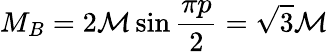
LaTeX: M_{B}=2{\mathcal{M}}\sin\frac{\pi p}{2}=\sqrt{3}{\mathcal{M}}